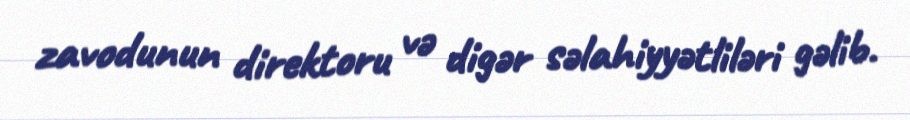
zavodunun direktoru və digər səlahiyyətliləri gəlib.